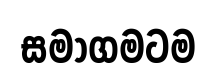
සමාගමටම